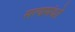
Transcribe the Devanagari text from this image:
सत्यसंधो